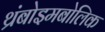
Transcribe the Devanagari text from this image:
थ्रंबोइमबोलिक